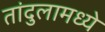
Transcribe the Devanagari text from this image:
तांदुलामध्ये